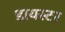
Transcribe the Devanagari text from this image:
डायस्टर